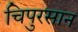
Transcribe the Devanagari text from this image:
चिपुरसान